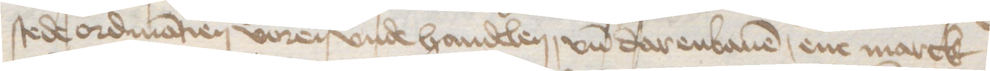
stede ordinatien voren vnde handelen, vnd darenbauen, ene marck